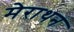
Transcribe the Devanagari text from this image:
मेराथन